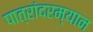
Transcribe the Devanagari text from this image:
पात्रांदरम्यान